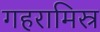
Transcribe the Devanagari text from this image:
गहरामिस्र